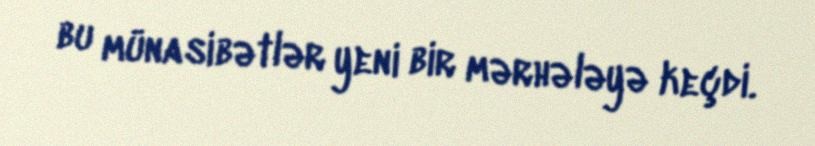
bu münasibətlər yeni bir mərhələyə keçdi.